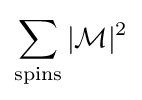
\sum _{\mathrm {spins} }|{\mathcal {M}}|^{2}